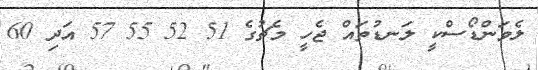
ލެވަންޑޯސްކީ ލަނޑުތައް ޖެހީ މެޗުގެ 51 52 55 57 އަދި 60